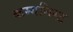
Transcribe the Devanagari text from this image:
कम्यनिस्ट